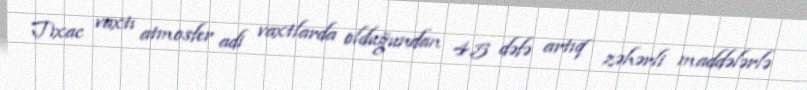
Tıxac vaxtı atmosfer adi vaxtlarda olduğundan 4.5 dəfə artıq zəhərli maddələrlə